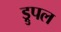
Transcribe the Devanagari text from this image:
ड्रुपल